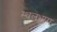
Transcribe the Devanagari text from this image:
स्थलभाग